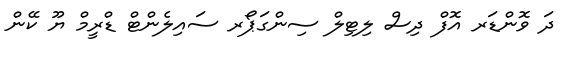
ދަ ވޮންޑަރ އޮފް ދިސް ލިޓިލް ސިންގަޕޯރ ސައިލެންޓް ޑްރީމް ޔޫ ކޭން